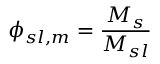
\phi _ { s l , m } = { \frac { M _ { s } } { M _ { s l } } }